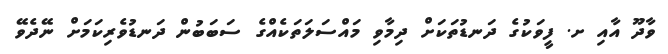
ވާދޫ އާއި ށ. ފީވަކުގެ ދަނޑުތަކަށް ދިމާވި މައްސަލަތަކެއްގެ ސަބަބުން ދަނޑުވެރިކަމަށް ނޭދެވޭ